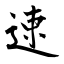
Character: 速